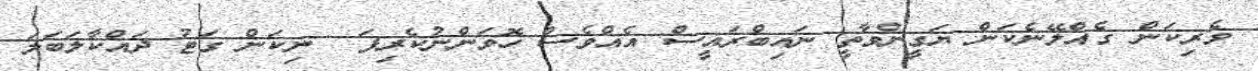
ވެރިކަން ގެއްލޭނެކަން ޔަގީންވާތީ ނައިބްރައީސް އެއްވެސް ހޮވަންނުކެރިފަ  ނިކަން ގަޓު ދައްކާލަބަލަ